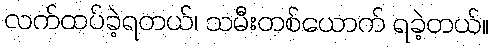
လက်ထပ်ခဲ့ရတယ်၊ သမီးတစ်ယောက် ရခဲ့တယ်။